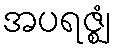
အပရဇ္ဈံ